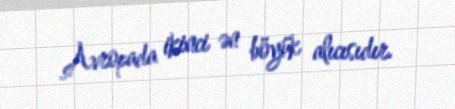
Avropada ikinci ən böyük alıcısıdır.